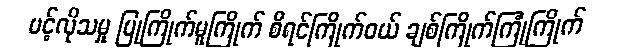
ပင့်လိုသမှု ပြုကြိုက်မူကြိုက် စီရင်ကြိုက်ဝယ် ချစ်ကြိုက်ကြုံကြိုက်